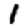
Digit: 1